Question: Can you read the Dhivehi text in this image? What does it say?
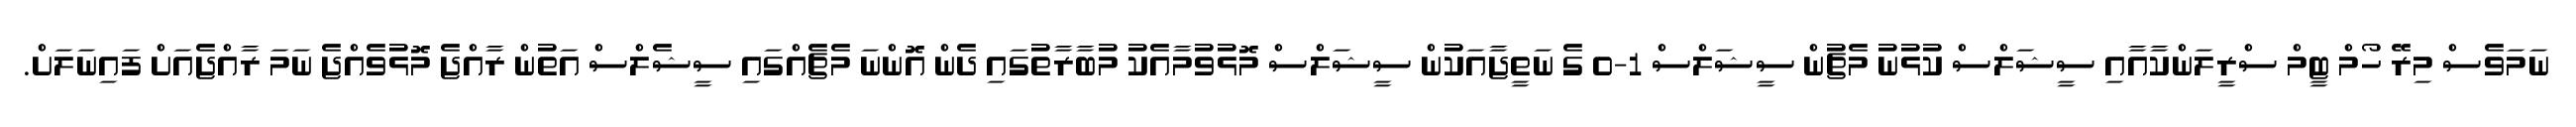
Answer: ނަމަވެސް މިރޭ ހޯމް ޓީމް ސްރީލަންކާއާއި ސީޝަލްސް ކުޅުނު މެޗުން ސީޝަލްސް 1-0 ގެ ނަތީޖާއަކުން ސީޝަލްސް މޮޅުވުމާއެކު މުބާރާތުގައި ދެން އޮންނަ މެޗެއްގައި ސީޝެލްސް އަތުން ރާއްޖެ މޮޅުވެއްޖެ ނަމަ ރާއްޖެއަށް ފައިނަލަށް.